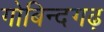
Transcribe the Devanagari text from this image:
गोबिन्दगढ़